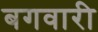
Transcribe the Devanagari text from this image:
बगवारी